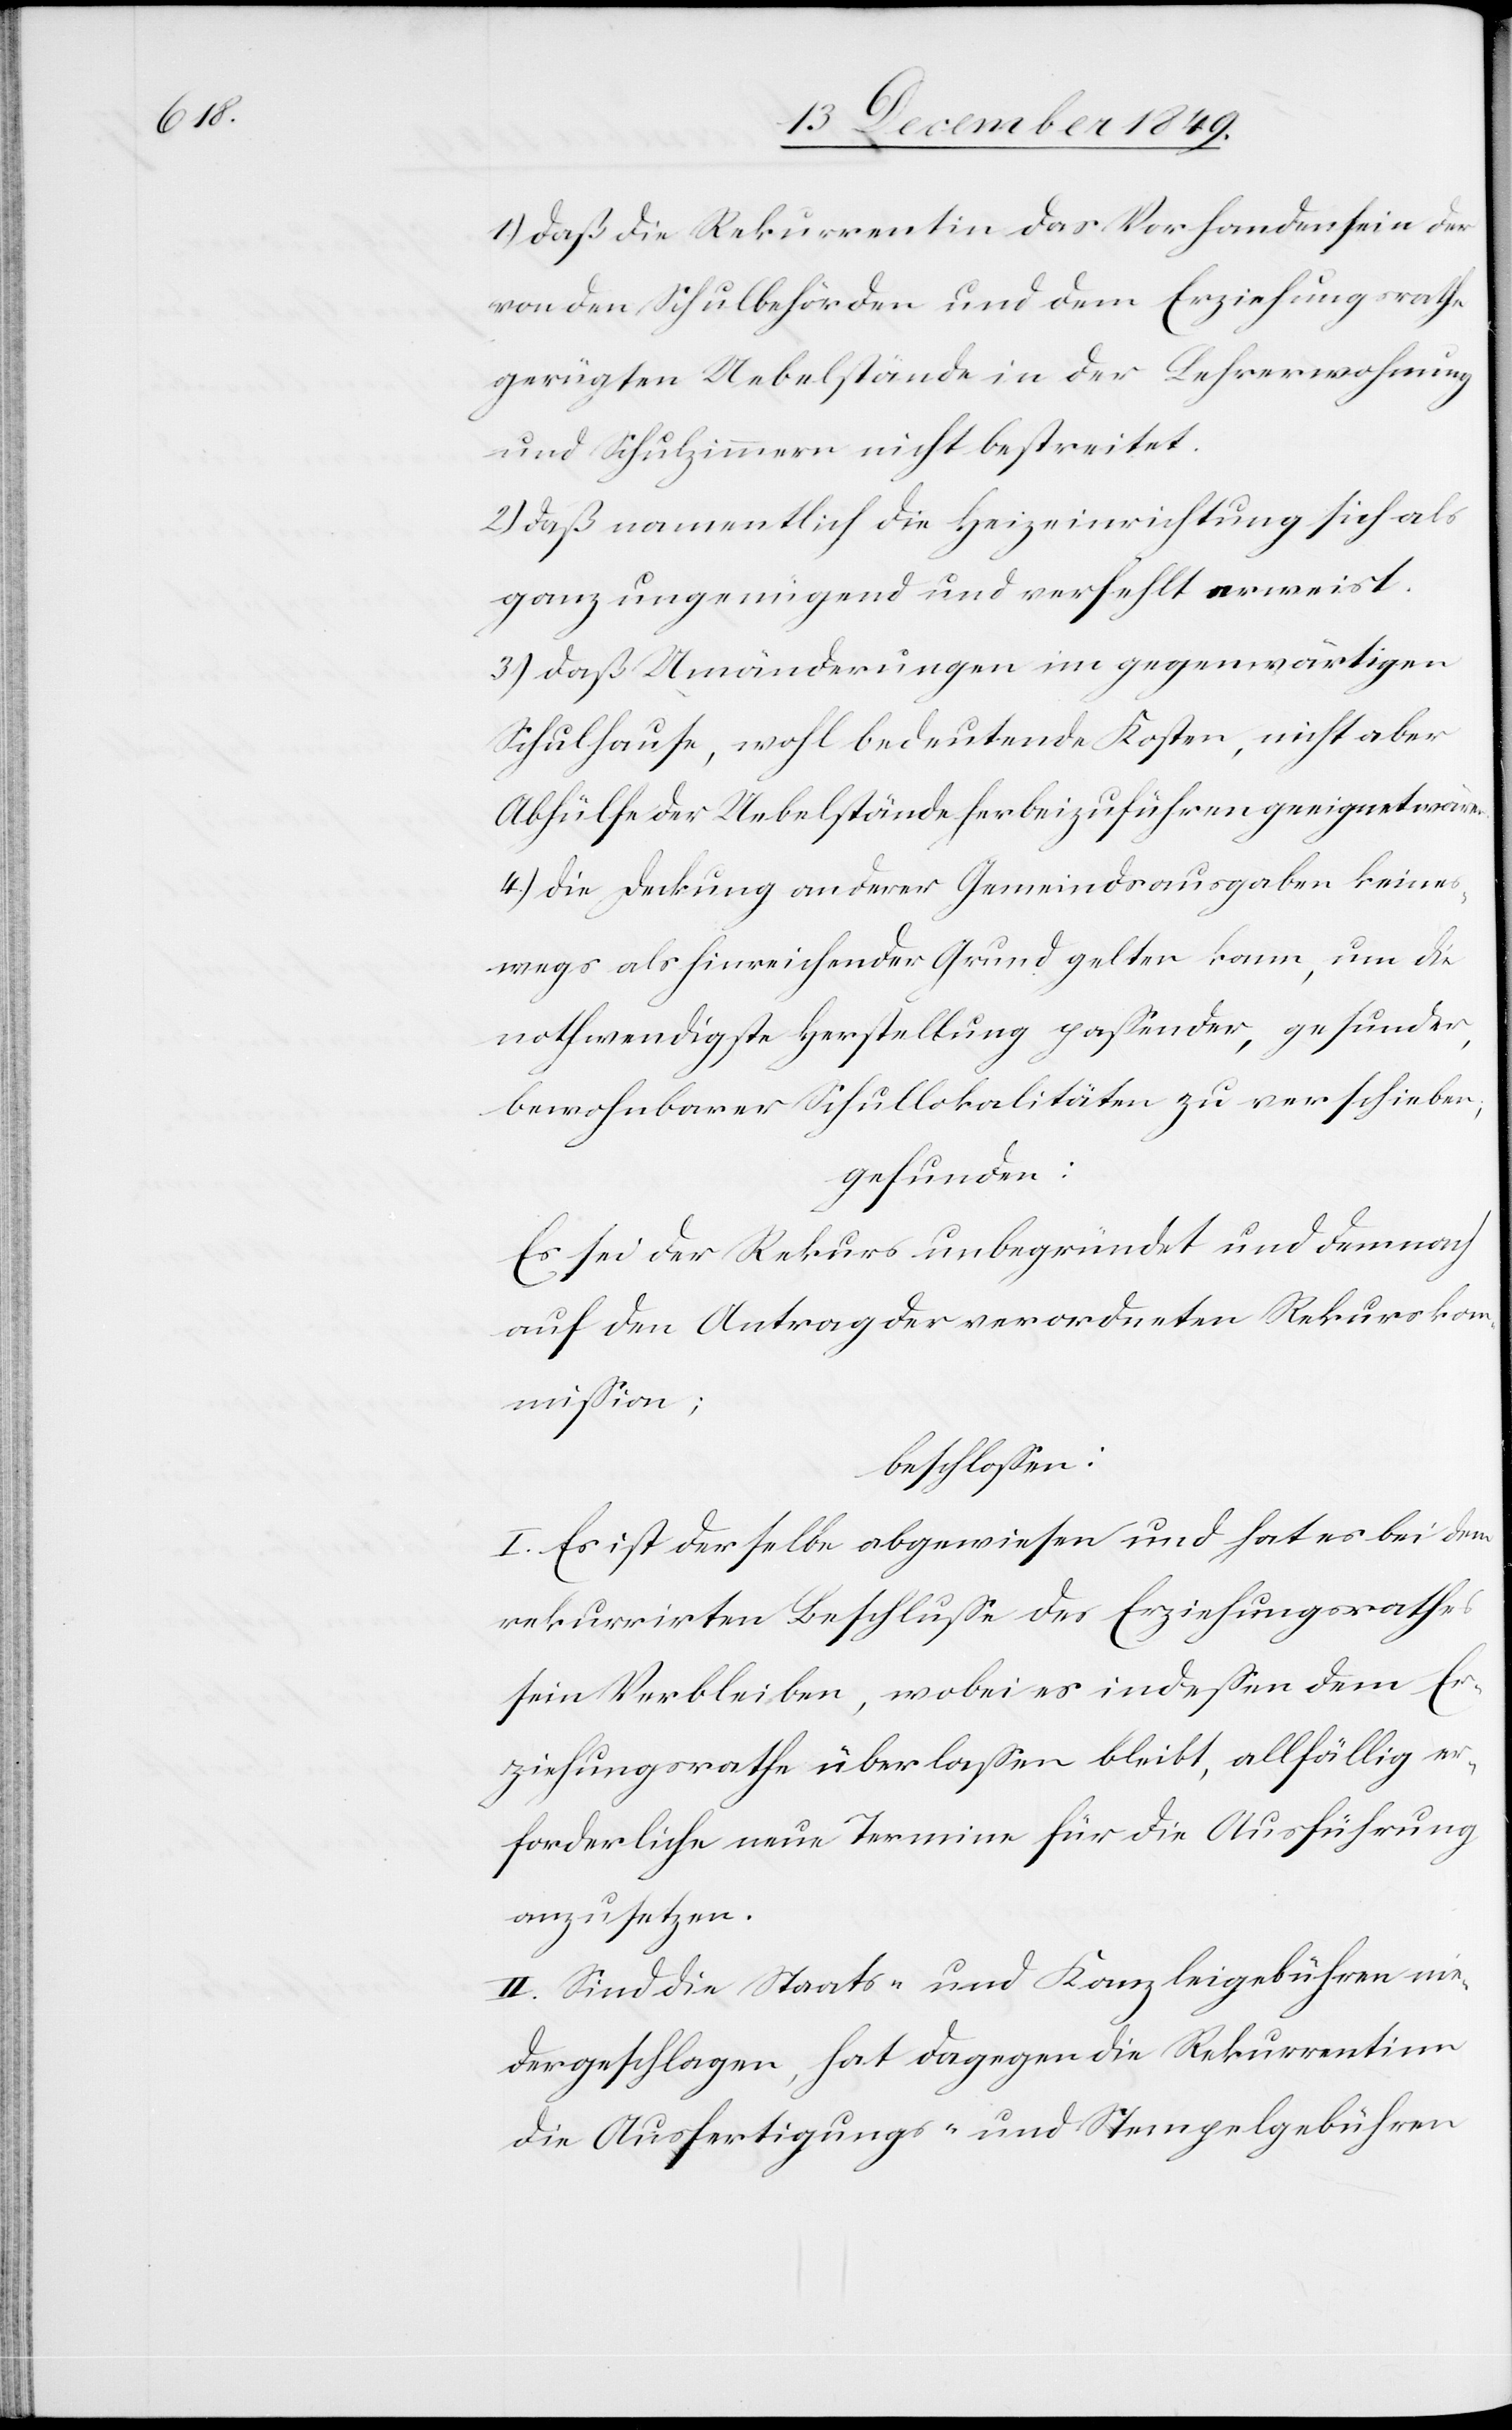
1.) daß die Rekurrentin das Vorhandensein der
von den Schulbehörden und dem Erziehungsrathe
gerügten Uebelstände in der Lehrerwohnung
2.) daß namentlich die Heizeinrichtung sich als
ganz ungenügend und verfehlt erweist.
3.) daß Umänderungen im gegenwärtigen
Schulhause, wohl bedeutende Kosten, nicht aber
Abhülfe der Uebelstände herbeizuführen geeignet wären.
4.) Die Deckung anderer Gemeindsausgaben keines¬
wegs als hinreichender Grund gelten kann, um die
nothwendigste Herstellung paßender, gesunder,
bewohnbarer Schullokalitäten zu verschieben,
gefunden:
Es sei der Rekurs unbegründet und dennoch
auf den Antrag der verordneten Rekursko¬
mmißion;
beschloßen:
I. Es ist derselbe abgewiesen und hat es bei dem
rekurrirten Beschluße des Erziehungsrathes
sein Verbleiben, wobei es indeßen dem Er¬
ziehungsrathe überlaßen bleibt, allfällig er¬
forderliche neue Termine für die Ausführung
anzusetzen.
II. Sind die Staats- und Kanzleigebühren nie¬
dergeschlagen, hat dagegen die Rekurrentin
die Ausfertigungs- u. Stempelgebühren